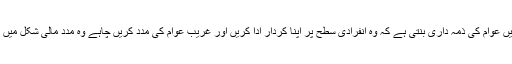
لیکن اس مشکل گھڑی میں عوام کی ذمہ داری بنتی ہے کہ وہ انفرادی سطح پر اپنا کردار ادا کریں اور غریب عوام کی مدد کریں چاہے وہ مدد مالی شکل میں ہو یا راشن کی شکل میں۔